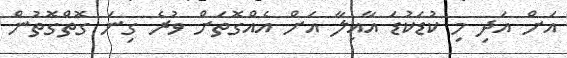
އަށް އަދި މި ކުޑަކުޑަ އާއިލާ އަށް އެއްގޮތަށް ވުރެ ގިނަ ގޮތްގޮތުން